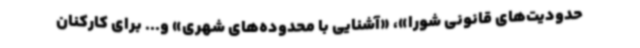
حدودیت‌های قانونی شورا»، «آشنایی با محدوده‌های شهری» و... برای کارکنان